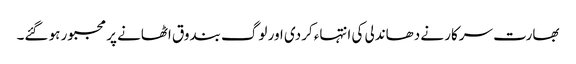
بھارت سرکار نے دھاندلی کی انتہاء کردی اور لوگ بندوق اٹھانے پر مجبور ہو گئے۔